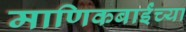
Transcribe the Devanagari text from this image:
माणिकबाईंच्या